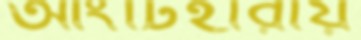
আংটিহারায়